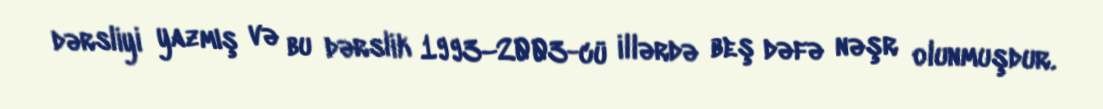
dərsliyi yazmış və bu dərslik 1993–2003-cü illərdə beş dəfə nəşr olunmuşdur.